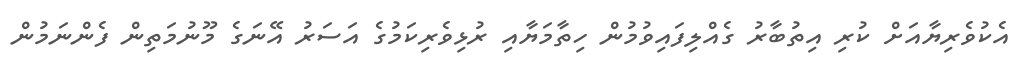
އެކުވެރިޔާއަށް ކުރި އިތުބާރު ގެއްލިފައިވުމުން ހިތާމަޔާއި ރުޅިވެރިކަމުގެ އަސަރު އޭނަގެ މޫނުމަތިން ފެންނަމުން